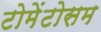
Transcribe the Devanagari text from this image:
टोमेंटोसम